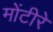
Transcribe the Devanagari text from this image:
मोंटीरे